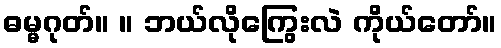
ဓမ္မဂုတ်။ ။ ဘယ်လိုကြွေးလဲ ကိုယ်တော်။